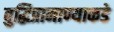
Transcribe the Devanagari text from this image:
बुद्धिप्रामाण्याकडे